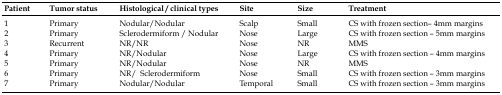
| Patient | Tumor status | Histological / clinical types | Site | Size | Treatment |
 | --- | --- | --- | --- | --- | --- |
 | 1 | Primary | Nodular/Nodular | Scalp | Small | CS with frozen section– 4mm margins |
 | 2 | Primary | Sclerodermiform / Nodular | Nose | Large | CS with frozen section – 5mm margins |
 | 3 | Recurrent | NR/NR | Nose | NR | MMS |
 | 4 | Primary | NR/Nodular | Nose | Large | CS with frozen section – 4mm margins |
 | 5 | Primary | NR/Nodular | Nose | NR | MMS |
 | 6 | Primary | NR/ Sclerodermiform | Nose | Small | CS with frozen section – 3mm margins |
 | 7 | Primary | Nodular/Nodular | Temporal | Small | CS with frozen section – 3mm margins |